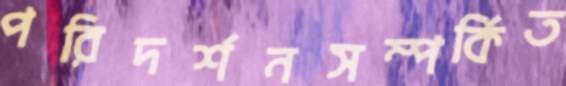
পরিদর্শনসম্পর্কিত